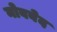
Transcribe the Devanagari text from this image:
नोबबेद